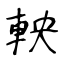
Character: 軮